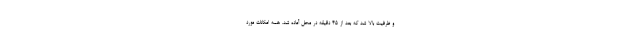
و ظرفیت بالا شد که بعد از ۴۵ دقیقه در محل آماده شد. همه امکانات مورد